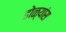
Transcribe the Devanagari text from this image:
डोळ्यांस